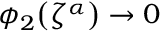
\phi _ { 2 } \mathopen { } \mathclose \bgroup \left( \zeta ^ { \alpha } \aftergroup \egroup \right) \rightarrow 0